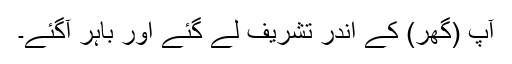
آپ (گھر) کے اندر تشریف لے گئے اور باہر آگئے۔